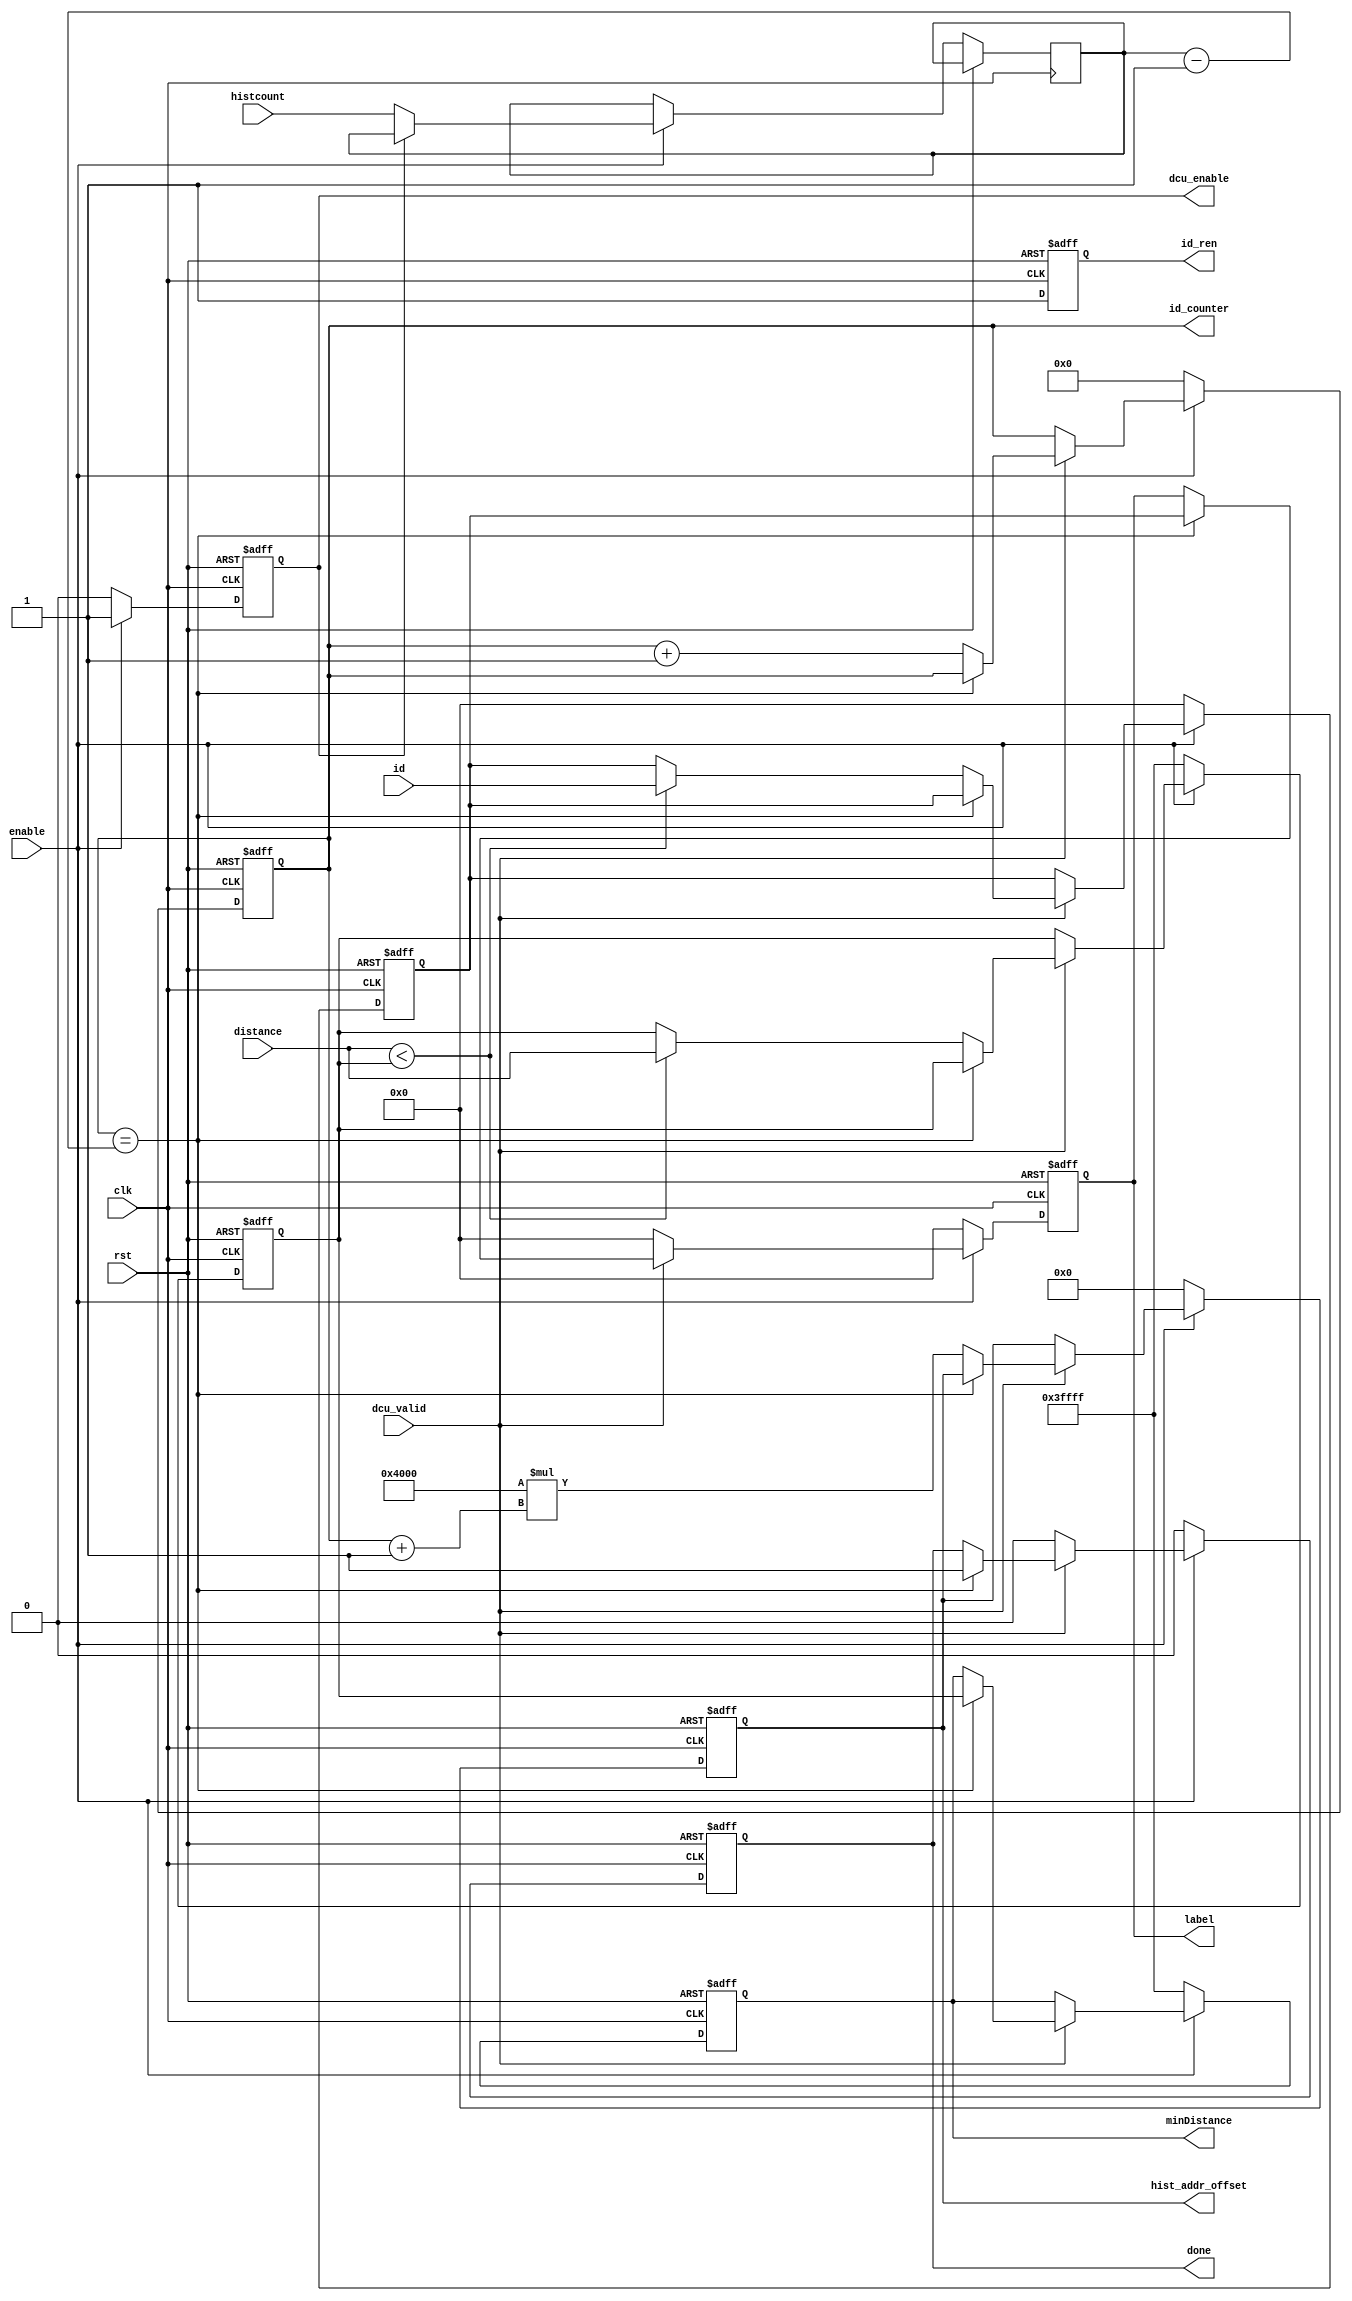
module Comparator(
    input                   clk,
    input                   rst,
    input                   enable,
    input   [7:0]           histcount,
    input                   dcu_valid,
    input   [17:0]          distance,
    input   [4:0]           id,

    output  reg             id_ren,
    output  reg [7:0]       id_counter,
    output  reg             dcu_enable,
    output  reg [4:0]       label,
    output  reg [17:0]      minDistance,
    output  reg [20:0]      hist_addr_offset,
    output  reg             done
);

	reg [17:0] min_distance;
    reg [4:0] min_ID;
    reg [7:0] histcount_record;

    always @(posedge clk or posedge rst) begin
        if (rst) 
        begin
            id_ren <= 1'b0;
            id_counter <= 8'd0;
            dcu_enable <= 1'b0;
            label <= 5'b0;
            minDistance <= 18'd0;
            hist_addr_offset <= 21'd0;
            done <= 1'b0;

            min_distance <= 18'd0;
            min_ID <= 5'd0;
        end 
        else 
        begin
            if (enable)
            begin
                id_ren <= 1'b1;
                dcu_enable <= 1'b1;
                if (dcu_enable)  
                    histcount_record <= histcount_record;  
                else
                    histcount_record <= histcount;
                if (dcu_valid) 
                begin
                    if (id_counter == histcount_record - 8'd1) 
                    begin
                        label <= min_ID;
                        minDistance <= min_distance;
                        done <= 1'b1;
                    end 
                    else 
                    begin
                        if (distance < min_distance) 
                        begin
                            min_distance <= distance;
                            min_ID <= id;
                        end

                        id_counter <= id_counter + 8'd1;
                        hist_addr_offset <= 21'd16384 * (id_counter + 8'd1);
                    end
                end 
                else 
                begin
                    id_ren <= 1'b1;
                    id_counter <= id_counter;
                    label <= 5'd0;
                    minDistance <= minDistance;
                    hist_addr_offset <= hist_addr_offset;
                    done <= 1'b0;

                    min_distance <= min_distance;
                    min_ID <= min_ID;
                end
            end
            else
            begin
                id_ren <= 1'b1;
                id_counter <= 8'd0;
                dcu_enable <= 1'b0;
                label <= 5'b0;
                minDistance <= 18'b111111111111111111;
                hist_addr_offset <= 21'd0;
                done <= 1'b0;

                min_distance <= 18'b111111111111111111;
                min_ID <= 5'd0;
            end
        end
    end

endmodule